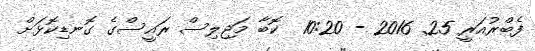
ފެބްރުއަރީ 25